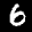
Label: 6